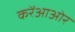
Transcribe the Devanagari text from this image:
करेंआओर